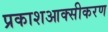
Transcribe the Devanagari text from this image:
प्रकाशआक्सीकरण